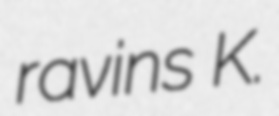
ravins K.